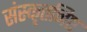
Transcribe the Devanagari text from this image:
संस्कृतनिष्ट